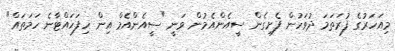
މިއަހަރުގެ ފުރަތަމަ ދުވަހުން ފެށިގެން ސީއެންއެމުން ވަނީ "ސީއެންއެމް އިން ހިފަހައްޓާނެ ހަމަތައް"